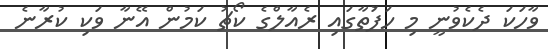
ވާހަކަ ދެކެވުނީ މި ހަފަުތާގައި ރެއާލްގެ ކޯޗު ކަމުން އޭނާ ވަކި ކުރާނެ